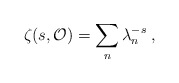
\begin{align*}\zeta (s, {\cal O})=\sum_n \lambda_{n}^{-s}\;,\end{align*}